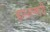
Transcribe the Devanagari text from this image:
हास्यनगरी